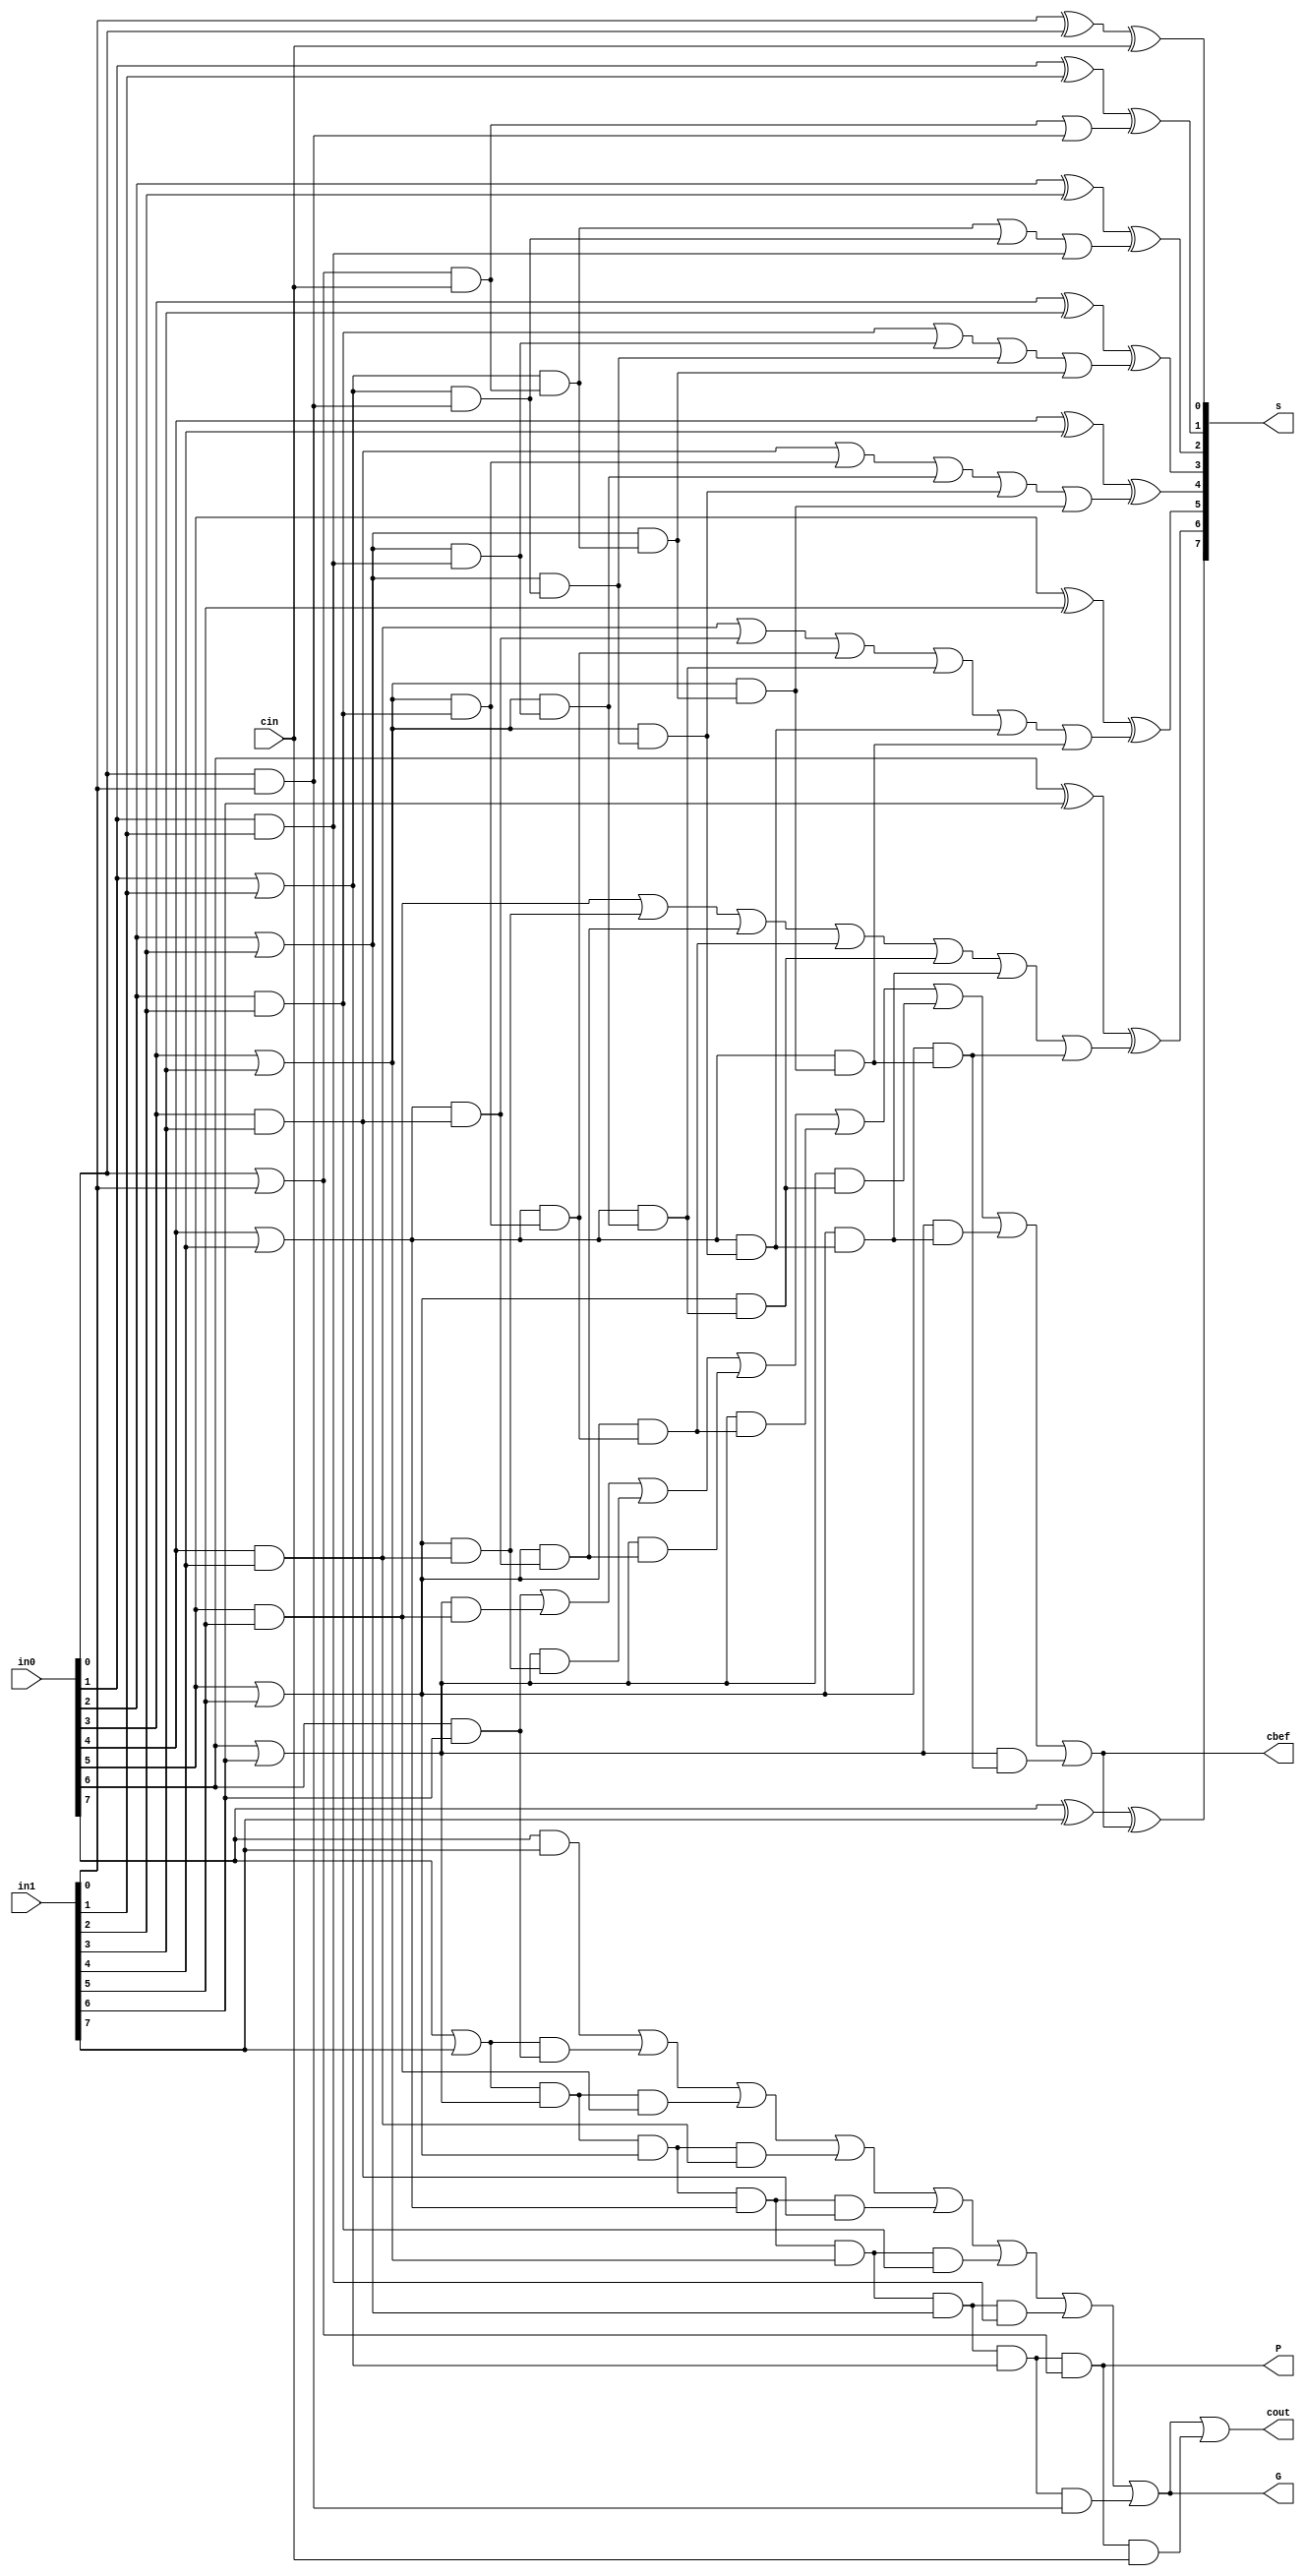
module clain8bitblocks(in0, in1, cin, G, P, s, cout, cbef);
    input [7:0] in0, in1;
    input cin;
    output G, P, cout, cbef;
    output [7:0] s;

    wire p0, p1, p2, p3, p4, p5, p6, p7;
    wire g0, g1, g2, g3, g4, g5, g6, g7;

    and AND0(g0, in0[0], in1[0]);
    and AND1(g1, in0[1], in1[1]);
    and AND2(g2, in0[2], in1[2]);
    and AND3(g3, in0[3], in1[3]);
    and AND4(g4, in0[4], in1[4]);
    and AND5(g5, in0[5], in1[5]);
    and AND6(g6, in0[6], in1[6]);
    and AND7(g7, in0[7], in1[7]);

    or OR0(p0, in0[0], in1[0]);
    or OR1(p1, in0[1], in1[1]);
    or OR2(p2, in0[2], in1[2]);
    or OR3(p3, in0[3], in1[3]);
    or OR4(p4, in0[4], in1[4]);
    or OR5(p5, in0[5], in1[5]);
    or OR6(p6, in0[6], in1[6]);
    or OR7(p7, in0[7], in1[7]);

    and ANDP(P, p7, p6, p5, p4, p3, p2, p1, p0);

    wire term1, term2, term3, term4, term5, term6, term7;
    and TERM1(term1, p7, g6);
    and TERM2(term2, p7, p6, g5);
    and TERM3(term3, p7, p6, p5, g4);
    and TERM4(term4, p7, p6, p5, p4, g3);
    and TERM5(term5, p7, p6, p5, p4, p3, g2);
    and TERM6(term6, p7, p6, p5, p4, p3, p2, g1);
    and TERM7(term7, p7, p6, p5, p4, p3, p2, p1, g0);

    or ORG(G, g7, term1, term2, term3, term4, term5, term6, term7);

    wire Pc;

    and PARTOFCOUT(Pc, P, cin);
    or COUT(cout, G, Pc);

    wire c1, c2, c3, c4, c5, c6, c7;
    wire c1inter;
    and ANDC1(c1inter, p0, cin);
    or ORC1(c1, c1inter, g0);

    wire c2inter, c22inter;
    and ANDC2(c2inter, p1, c1inter);
    and ANDC22(c22inter, p1, g0);
    or ORC2(c2, c2inter, c22inter, g1);

    wire c3inter, c33inter, c333inter;
    and ANDC3(c3inter, p2, c2inter);
    and ANDC33(c33inter, p2, c22inter);
    and ANDC333(c333inter, p2, g1);
    or ORC3(c3, g2, c333inter, c33inter, c3inter);

    wire c4inter, c44inter, c444inter, c4444inter;
    and ANDC4(c4inter, p3, c3inter);
    and ANDC44(c44inter, p3, c33inter);
    and ANDC444(c444inter, p3, c333inter);
    and ANDC4444(c4444inter, p3, g2);
    or ORC4(c4, g3, c4444inter, c444inter, c44inter, c4inter);

    wire c5inter, c55inter, c555inter, c5555inter, c55555inter;
    and ANDC5(c5inter, p4, c4inter);
    and ANDC55(c55inter, p4, c44inter);
    and ANDC555(c555inter, p4, c444inter);
    and ANDC5555(c5555inter, p4, c4444inter);
    and ANDC55555(c55555inter, p4, g3);
    or ORC5(c5, g4, c55555inter, c5555inter, c555inter, c55inter, c5inter);

    wire c6inter, c66inter, c666inter, c6666inter, c66666inter, c666666inter;
    and ANDC6(c6inter, p5, c5inter);
    and ANDC66(c66inter, p5, c55inter);
    and ANDC666(c666inter, p5, c555inter);
    and ANDC6666(c6666inter, p5, c5555inter);
    and ANDC66666(c66666inter, p5, c55555inter);
    and ANDC666666(c666666inter, p5, g4);
    or ORC6(c6, g5, c666666inter, c66666inter, c6666inter, c666inter, c66inter, c6inter);

    wire c7inter, c77inter, c777inter, c7777inter, c77777inter, c777777inter, c7777777inter;
    and ANDC7(c7inter, p6, c6inter);
    and ANDC77(c77inter, p6, c66inter);
    and ANDC777(c777inter, p6, c666inter);
    and ANDC7777(c7777inter, p6, c6666inter);
    and ANDC77777(c77777inter, p6, c66666inter);
    and ANDC777777(c777777inter, p6, c666666inter);
    and ANDC7777777(c7777777inter, p6, g5);
    or ORC7(c7, g6, c7777777inter, c777777inter, c77777inter, c7777inter, c777inter, c77inter, c7inter);

    xor XORS0(s[0], in1[0], in0[0], cin);
    xor XORS1(s[1], in0[1], in1[1], c1);
    xor XORS2(s[2], in0[2], in1[2], c2);
    xor XORS3(s[3], in0[3], in1[3], c3);
    xor XORS4(s[4], in0[4], in1[4], c4);
    xor XORS5(s[5], in0[5], in1[5], c5);
    xor XORS6(s[6], in0[6], in1[6], c6);
    xor XORS7(s[7], in0[7], in1[7], c7);

    assign cbef = c7;


endmodule